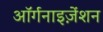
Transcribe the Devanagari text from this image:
ऑर्गनाइज़ेंशन